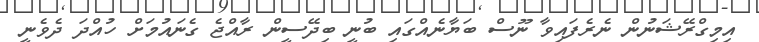
އިމިގްރޭޝަނުން ނެރެފައިވާ ނޫސް ބަޔާނެއްގައި ބުނީ ބިދޭސީން ރާއްޖެ ގެނައުމަށް ހުއްދަ ދެވެނީ